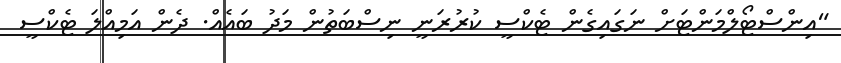
"އިންސްޓޯލްމަންޓަށް ނަގައިގެން ޓެކްސީ ކުރުރަނީ ނިސްބަތުން މަދު ބައެއް. ދެން އަމިއްލަ ޓެކްސީ